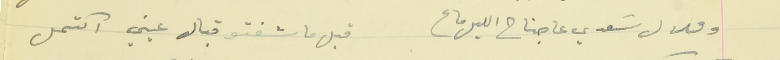
وهلال سَعدي عاجناح الليل ماع         قبل ما شفتو قبال عيني اكتمل